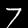
Label: 7